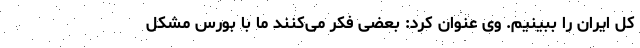
کل ایران را ببینیم. وی عنوان کرد: بعضی فکر می‌کنند ما با بورس مشکل